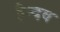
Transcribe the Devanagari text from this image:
हैन्दव